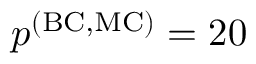
p ^ { \mathrm { ( B C , M C ) } } = 2 0 ~ \